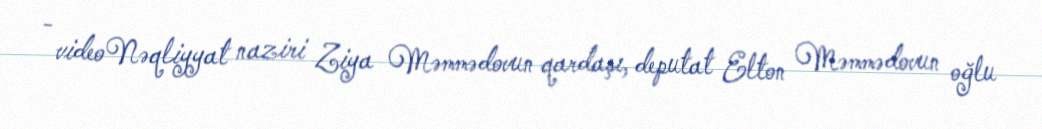
- videoNəqliyyat naziri Ziya Məmmədovun qardaşı, deputat Elton Məmmədovun oğlu